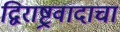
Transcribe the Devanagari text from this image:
द्विराष्ट्रवादाचा